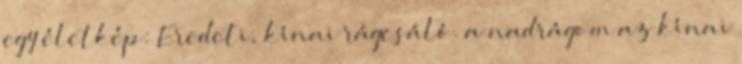
egy életkép: Eredeti, kínai rágcsáló. a nadrágom az kínai